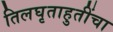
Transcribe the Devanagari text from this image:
तिलघृताहुतींचा